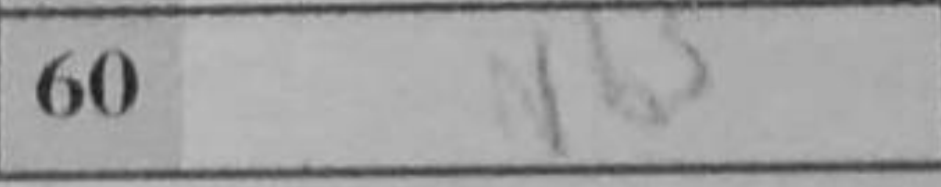
Transcription: Nb5